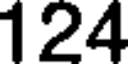
124